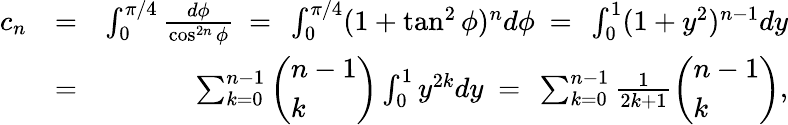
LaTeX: \begin{array}{rlr}{c_{n}}&{=}&{\int_{0}^{\pi/4}\frac{d\phi}{\cos^{2n}\phi}\ =\ \int_{0}^{\pi/4}(1+\tan^{2}\phi)^{n}d\phi\ =\ \int_{0}^{1}(1+y^{2})^{n-1}dy}\\ &{=}&{\sum_{k=0}^{n-1}\left(\begin{array}{l}{n-1}\\ {k}\end{array}\right)\int_{0}^{1}y^{2k}dy\ =\ \sum_{k=0}^{n-1}\frac{1}{2k+1}\left(\begin{array}{l}{n-1}\\ {k}\end{array}\right),}\end{array}